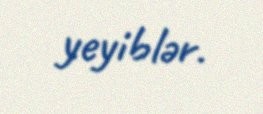
yeyiblər.